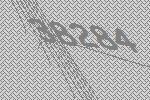
38284